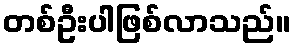
တစ်ဦးပါဖြစ်လာသည်။